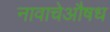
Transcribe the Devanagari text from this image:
नावाचेऔषध